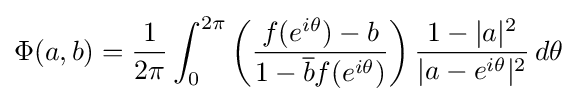
\Phi (a,b)={1 \over 2\pi }\int _{0}^{2\pi }\left({f(e^{i\theta })-b \over 1-{\overline {b}}f(e^{i\theta })}\right){1-|a|^{2} \over |a-e^{i\theta }|^{2}}\,d\theta